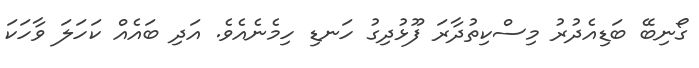
ގޯނިބޭ ބަޑިއެދުރު މިސްކިތުދާރަ ފޫޅުދިގު ހަނޑި ހިމެނެއެވެ. އަދި ބައެއް ކަހަލަ ވާހަކަ